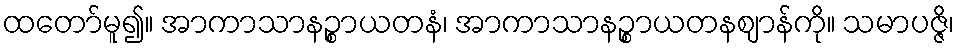
ထတော်မူ၍။ အာကာသာနဉ္စာယတနံ၊ အာကာသာနဉ္စာယတနဈာန်ကို။ သမာပဇ္ဇိ၊